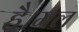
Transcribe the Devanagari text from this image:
है।मल